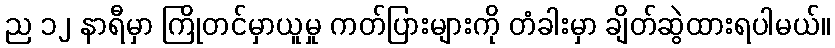
ည ၁၂ နာရီမှာ ကြိုတင်မှာယူမှု ကတ်ပြားများကို တံခါးမှာ ချိတ်ဆွဲထားရပါမယ်။